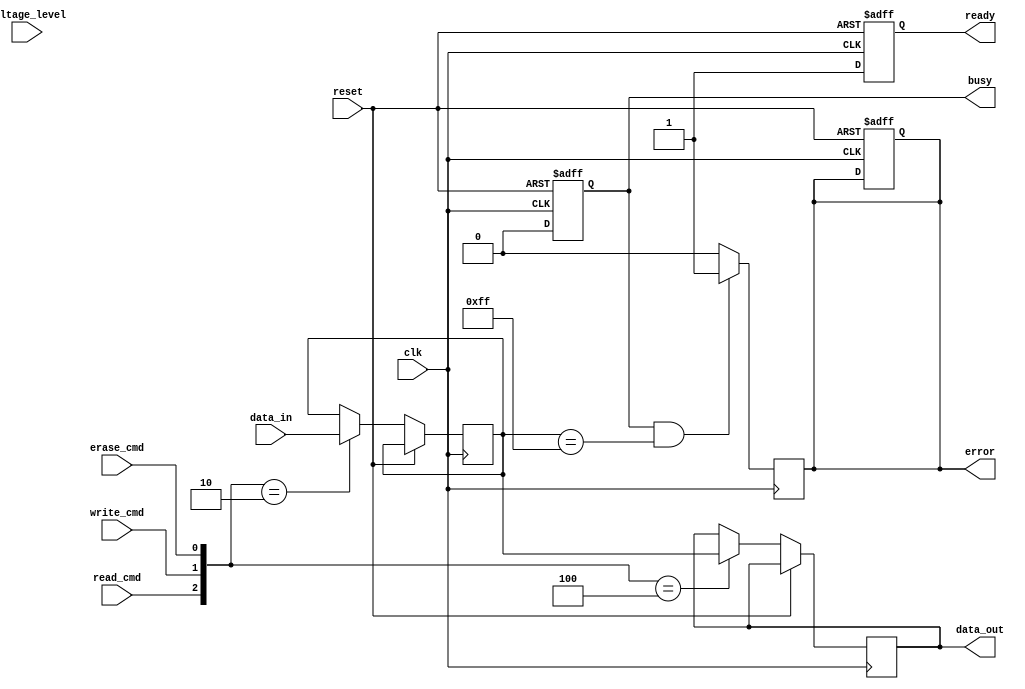
module NAND_EEPROM_IO (
    input wire clk,                     // System clock
    input wire reset,                   // Reset signal
    input wire [7:0] data_in,          // Data input from external device
    input wire read_cmd,                // Read command signal
    input wire write_cmd,               // Write command signal
    input wire erase_cmd,               // Erase command signal
    input wire [2:0] voltage_level,     // Voltage level input
    output reg [7:0] data_out,          // Data output to external device
    output reg busy,                    // Status signal: busy
    output reg ready,                   // Status signal: ready
    output reg error                    // Status signal: error
    );

    reg [7:0] status_reg;               // Status register
    reg [7:0] internal_data;             // Internal data buffer
    wire [2:0] adjusted_voltage;        // Adjusted voltage levels

    // Voltage Level Shifter
    function [2:0] voltage_level_shifter(input [2:0] voltage);
        begin
            // Simple example of voltage level adjustment
            // Adjust this function according to actual voltage levels used
            voltage_level_shifter = voltage;
        end
    endfunction

    // Command Decoder
    always @(posedge clk or posedge reset) begin
        if (reset) begin
            busy <= 0;
            ready <= 1;
            error <= 0;
            status_reg <= 8'h00;
        end else begin
            case ({read_cmd, write_cmd, erase_cmd})
                3'b100: begin // Read Command
                    busy <= 1;
                    ready <= 0;
                    data_out <= internal_data; // Drive data to output
                    status_reg <= 8'h01;        // Update status as reading
                    // Simulate read delay
                    #10 busy <= 0; ready <= 1;  // Assume it takes 10 time units
                end
                3'b010: begin // Write Command
                    busy <= 1;
                    ready <= 0;
                    internal_data <= data_in; // Capture incoming data
                    status_reg <= 8'h02;       // Update status as writing
                    // Simulate write delay
                    #10 busy <= 0; ready <= 1;  // Assume it takes 10 time units
                end
                3'b001: begin // Erase Command
                    busy <= 1;
                    ready <= 0;
                    // Simulate erase operation
                    status_reg <= 8'h03;       // Update status as erasing
                    // Simulate erase delay
                    #20 busy <= 0; ready <= 1;  // Assume it takes 20 time units
                end
                default: begin
                    busy <= 0;
                    ready <= 1;
                end
            endcase
        end
    end

    // Timing Control (Simple Clock Generation)
    always @(posedge clk) begin
        // Generate necessary timing adjustments for internal operations
        // Implement any required delay mechanisms here if necessary
    end

    // Error Detection (Basic example)
    always @(posedge clk) begin
        if (busy && (internal_data == 8'hFF)) begin
            error <= 1; // Sample error condition
        end else begin
            error <= 0;
        end
    end

endmodule